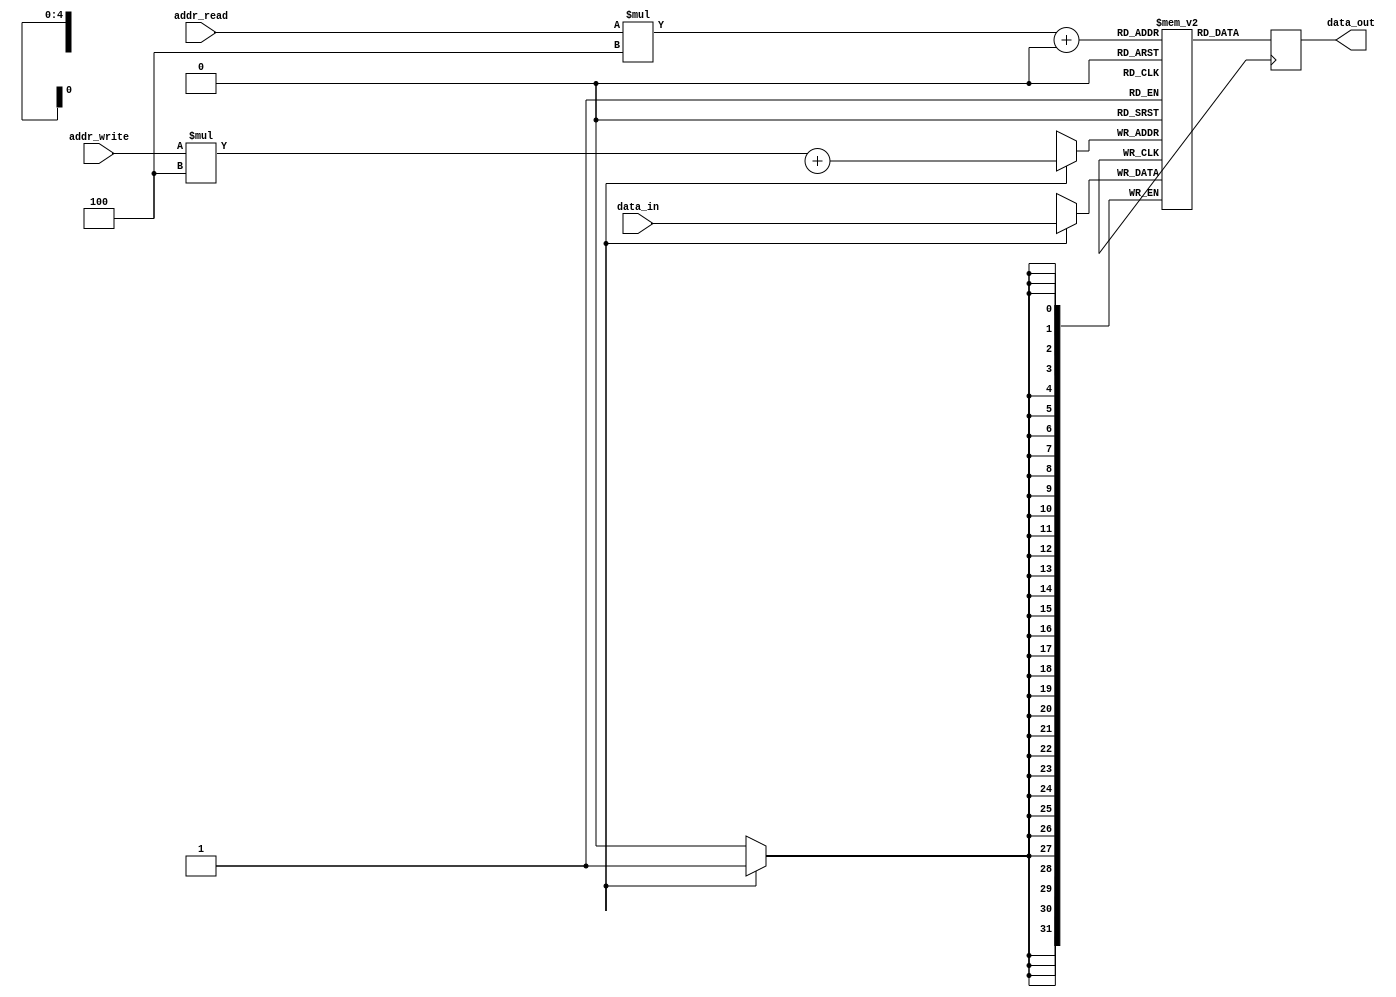
module register_file (
  input wire [2:0] addr_write,
  input wire [2:0] addr_read,
  input wire [31:0] data_in,
  output wire [31:0] data_out
);

  reg [31:0] registers [0:7][0:3];
  reg [31:0] output_reg;

  always @ (posedge clk) begin
    if (write_en) begin
      registers[addr_write][addr_block] <= data_in;
    end
    output_reg <= registers[addr_read][0];
  end

  assign data_out = output_reg;

endmodule